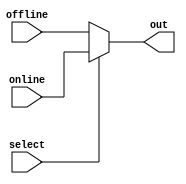
`timescale 1ns / 1ps
//////////////////////////////////////////////////////////////////////////////////
// Assignment no - 5
// Problem no - 4
// Semester - Autumn(2021-2022)
// Group No - 48
// Members - Vinit Raj, Aryan Agarwal
// Company: 
// Engineer: 
//
// Design Name: 
// Module Name:    mux_2_1 
// Project Name: 
// Target Devices: 
// Tool versions: 
// Description: 
//
// Dependencies: 
//
// Revision: 
// Revision 0.01 - File Created
// Additional Comments: 
//
//////////////////////////////////////////////////////////////////////////////////

module mux_2_1 (offline, online, select, out);
	input offline, online, select;
	output out;
	assign out = (select)?online:offline;
endmodule